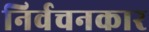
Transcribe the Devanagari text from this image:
निर्वचनकार